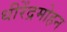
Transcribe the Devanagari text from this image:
धीरेंद्रमोहन